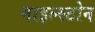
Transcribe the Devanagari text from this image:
माइल्स्टोन